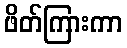
ဖိတ်ကြားကာ